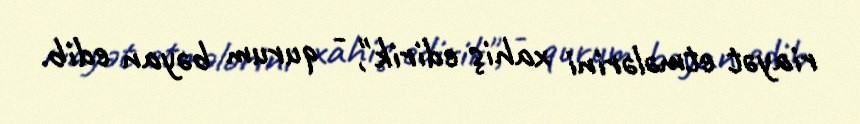
riayət etmələrini xahiş edirik", - qurum bəyan edib.